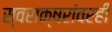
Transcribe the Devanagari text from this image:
स्वराक्षरांवरही